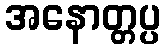
အနောတ္တပ္ပ